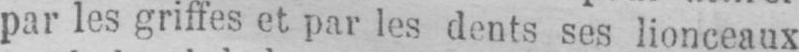
par les griffes et par les dents ses lionceaux